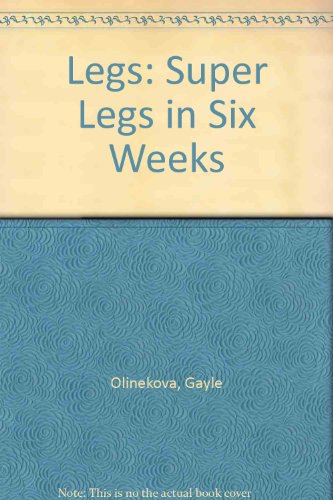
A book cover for Legs: Super Legs in Six Weeks; Gayle Olinekova; Health, Fitness & Dieting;